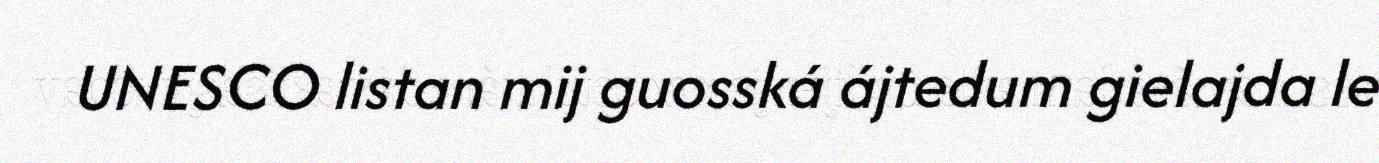
UNESCO listan mij guosská ájtedum gielajda le